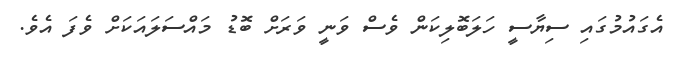
އެގައުމުގައި ސިޔާސީ ހަލަބޮލިކަން ވެސް ވަނީ ވަރަށް ބޮޑު މައްސަލައަކަށް ވެފަ އެވެ.